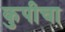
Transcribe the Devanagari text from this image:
कुपीचा